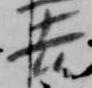
吉